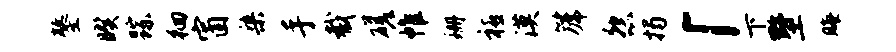
鏊暌踪徊窗染手截磋帷珊禧漠篪怨揭「下墅晦